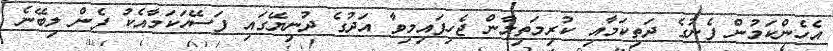
އެހެންކަމުން ފެނުގެ ދަތިކަމާއި ކުރިމަތިލާން ޖެހިފައިމިވާ އަދުގެ ދުނިޔޭގައި ފަސޭހަކަމާއެކު ފެން ލިބޭނެ